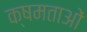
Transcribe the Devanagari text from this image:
क्षमताआें